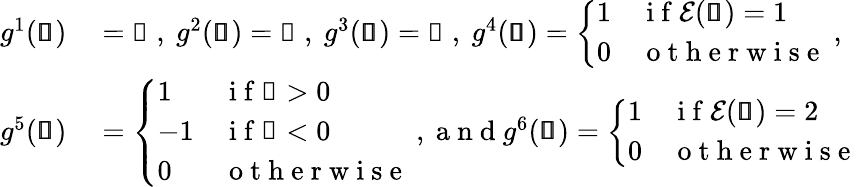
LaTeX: \begin{array}{rl}{g^{1}(\pmb{\mathscr{s}})}&{{}=\mathscr{x}\mathrm{~,~}g^{2}(\pmb{\mathscr{s}})=\mathscr{y}\mathrm{~,~}g^{3}(\pmb{\mathscr{s}})=\mathscr{z}\mathrm{~,~}g^{4}(\pmb{\mathscr{s}})=\left\{ \begin{array}{ll}{1}&{\mathrm{~i~f~}\mathcal{E}(\pmb{\mathscr{s}})=1}\\ {0}&{\mathrm{~o~t~h~e~r~w~i~s~e~}}\end{array}\right.\mathrm{~,~}}\\ {g^{5}(\pmb{\mathscr{s}})}&{{}=\left\{ \begin{array}{ll}{1}&{\mathrm{~i~f~}\mathscr{x}>0}\\ {-1}&{\mathrm{~i~f~}\mathscr{x}<0}\\ {0}&{\mathrm{~o~t~h~e~r~w~i~s~e~}}\end{array}\right.\mathrm{~,~a~n~d~}g^{6}(\pmb{\mathscr{s}})=\left\{ \begin{array}{ll}{1}&{\mathrm{~i~f~}\mathcal{E}(\pmb{\mathscr{s}})=2}\\ {0}&{\mathrm{~o~t~h~e~r~w~i~s~e~}}\end{array}\right.}\end{array}